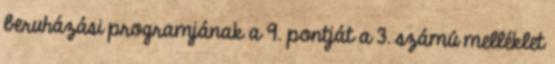
beruházási programjának a 9. pontját a 3. számú melléklet